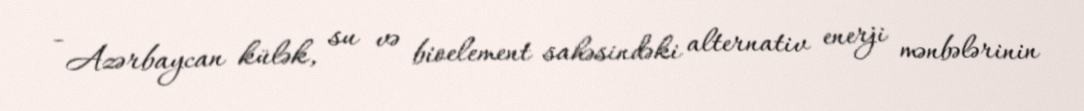
- Azərbaycan külək, su və bioelement sahəsindəki alternativ enerji mənbələrinin